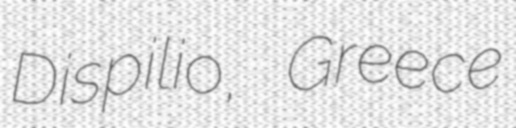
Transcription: Dispilio, Greece